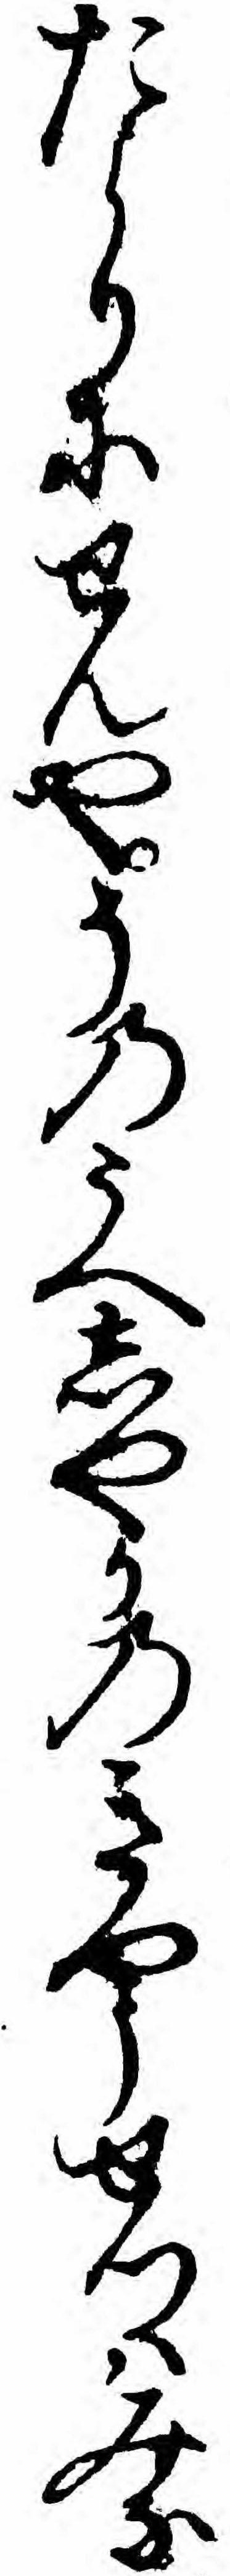
たよりにせんやそのうへしやかのきやうせつハみな